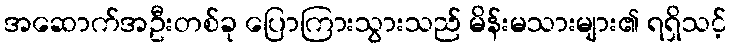
အဆောက်အဦးတစ်ခု ပြောကြားသွားသည် မိန်းမသားများ၏ ရရှိသင့်